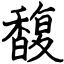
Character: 馥